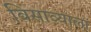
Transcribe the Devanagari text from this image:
विसाव्याला